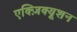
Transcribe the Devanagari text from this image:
एक्ज़िक्यूशन